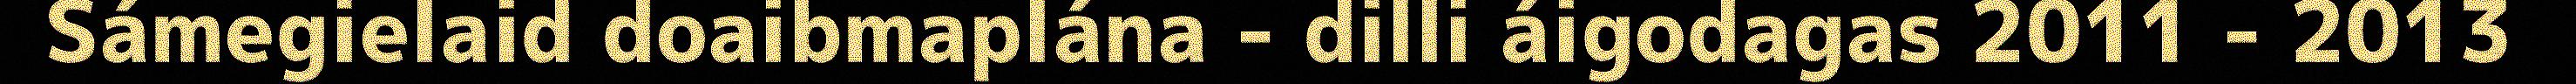
Sámegielaid doaibmaplána - dilli áigodagas 2011 - 2013